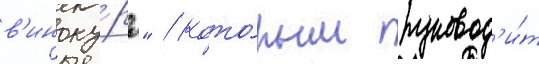
в'иноку́ра" / кото́рым руковод'и́т